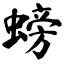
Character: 螃